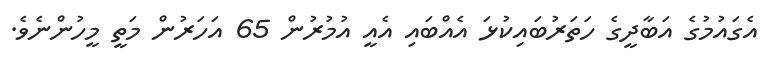
އެގައުމުގެ އަބާދީގެ ހަތަރުބައިކުޅަ އެއްބައި އެއީ އުމުރުން 65 އަހަރުން މަތީ މީހުންނެވެ.